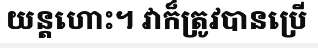
យន្តហោះ។ វាក៏ត្រូវបានប្រើ